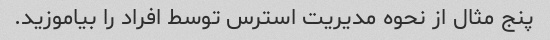
پنج مثال از نحوه مدیریت استرس توسط افراد را بیاموزید.